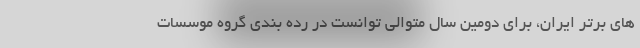
های برتر ایران، برای دومین سال متوالی توانست در رده بندی گروه موسسات